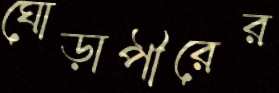
ঘোড়াপীরের